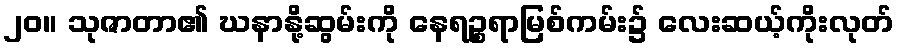
၂၀။ သုဇာတာ၏ ဃနာနို့ဆွမ်းကို နေရဉ္စရာမြစ်ကမ်း၌ လေးဆယ့်ကိုးလုတ်